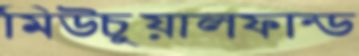
মিউচুয়ালফান্ড